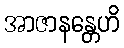
အာဇာနန္တေဟိ